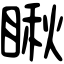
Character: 瞅